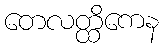
တေလတ္ထိကေန